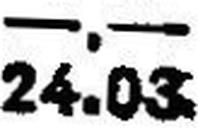
24.03